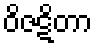
ဝိဇဋိတာ